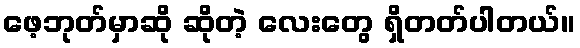
ဖေ့ဘုတ်မှာဆို ဆိုတဲ့ လေးတွေ ရှိတတ်ပါတယ်။